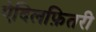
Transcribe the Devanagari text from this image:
ऐदिलफ़ितरी